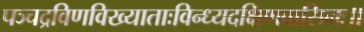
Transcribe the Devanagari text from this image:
पञ्चद्रविणविख्याताःविन्ध्यदक्षिणवासिनः॥